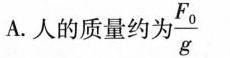
A.人的质量约为$$\frac{F_{0}{g}}$$